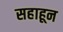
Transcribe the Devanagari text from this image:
सहाहून